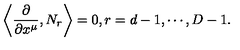
\left\langle \frac { \partial } { \partial x ^ { \mu } } , N _ { r } \right\rangle = 0 , r = d - 1 , \cdots , D - 1 .